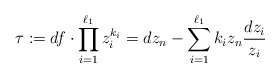
\begin{align*}\tau:= df\cdot \prod_{i=1}^{\ell_1}z_i^{k_i}=dz_n-\sum_{i=1}^{\ell_1} k_i z_n\frac{dz_i}{z_i}\end{align*}